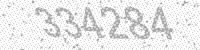
Solution: 334284